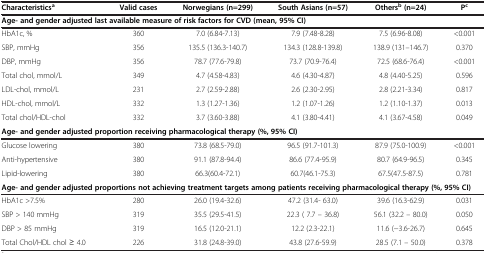
<table><thead><tr><td><b>Characteristics<sup>a</sup></b></td><td><b>Valid cases</b></td><td><b>Norwegians (n=299)</b></td><td><b>South Asians (n=57)</b></td><td><b>Others<sup>b </sup>(n=24)</b></td><td><b>P<sup>c</sup></b></td></tr></thead><tbody><tr><td colspan="6"><b>Age- and gender adjusted last available measure of risk factors for CVD (mean, 95% CI)</b></td></tr><tr><td>HbA1c, %</td><td>360</td><td>7.0 (6.84-7.13)</td><td>7.9 (7.48-8.28)</td><td>7.5 (6.96-8.08)</td><td>&lt;0.001</td></tr><tr><td>SBP, mmHg</td><td>356</td><td>135.5 (136.3-140.7)</td><td>134.3 (128.8-139.8)</td><td>138.9 (131–146.7)</td><td>0.370</td></tr><tr><td>DBP, mmHg</td><td>356</td><td>78.7 (77.6-79.8)</td><td>73.7 (70.9-76.4)</td><td>72.5 (68.6-76.4)</td><td>&lt;0.001</td></tr><tr><td>Total chol, mmol/L</td><td>349</td><td>4.7 (4.58-4.83)</td><td>4.6 (4.30-4.87)</td><td>4.8 (4.40-5.25)</td><td>0.596</td></tr><tr><td>LDL-chol, mmol/L</td><td>231</td><td>2.7 (2.59-2.88)</td><td>2.6 (2.30-2.95)</td><td>2.8 (2.21-3.34)</td><td>0.817</td></tr><tr><td>HDL-chol, mmol/L</td><td>332</td><td>1.3 (1.27-1.36)</td><td>1.2 (1.07-1.26)</td><td>1.2 (1.10-1.37)</td><td>0.013</td></tr><tr><td>Total chol/HDL-chol</td><td>332</td><td>3.7 (3.60-3.88)</td><td>4.1 (3.80-4.41)</td><td>4.1 (3.67-4.58)</td><td>0.049</td></tr><tr><td colspan="6"><b>Age- and gender adjusted proportion receiving pharmacological therapy (%, 95% CI)</b></td></tr><tr><td>Glucose lowering</td><td>380</td><td>73.8 (68.5-79.0)</td><td>96.5 (91.7-101.3)</td><td>87.9 (75.0-100.9)</td><td>&lt;0.001</td></tr><tr><td>Anti-hypertensive</td><td>380</td><td>91.1 (87.8-94.4)</td><td>86.6 (77.4-95.9)</td><td>80.7 (64.9-96.5)</td><td>0.345</td></tr><tr><td>Lipid-lowering</td><td>380</td><td>66.3(60.4-72.1)</td><td>60.7(46.1-75.3)</td><td>67.5(47.5-87.5)</td><td>0.781</td></tr><tr><td colspan="6"><b>Age- and gender adjusted proportions not achieving treatment targets among patients receiving pharmacological therapy (%, 95% CI)</b></td></tr><tr><td>HbA1c &gt;7.5%</td><td>280</td><td>26.0 (19.4-32.6)</td><td>47.2 (31.4- 63.0)</td><td>39.6 (16.3-62.9)</td><td>0.031</td></tr><tr><td>SBP &gt; 140 mmHg</td><td>319</td><td>35.5 (29.5-41.5)</td><td>22.3 ( 7.7 – 36.8)</td><td>56.1 (32.2 – 80.0)</td><td>0.050</td></tr><tr><td>DBP &gt; 85 mmHg</td><td>319</td><td>16.5 (12.0-21.1)</td><td>12.2 (2.3-22.1)</td><td>11.6 (−3.6-26.7)</td><td>0.645</td></tr><tr><td>Total Chol/HDL chol ≥ 4.0</td><td>226</td><td>31.8 (24.8-39.0)</td><td>43.8 (27.6-59.9)</td><td>28.5 (7.1 – 50.0)</td><td>0.378</td></tr></tbody></table>